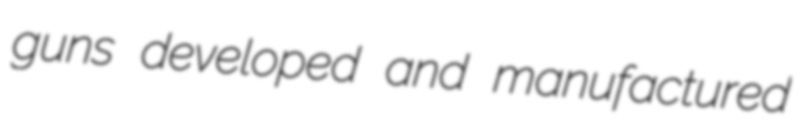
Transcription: guns developed and manufactured